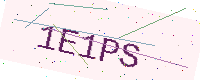
Text: 1E1PS